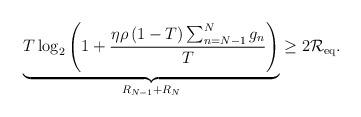
LaTeX: \begin{align*}\underbrace{T\log_2\left(1+\frac{\eta\rho\left(1-T\right)\sum_{n=N-1}^Ng_n}{T}\right)}_{R_{N-1}+R_N}\geq2\mathcal{R}_\mathrm{eq}.\end{align*}